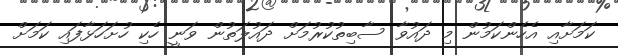
ކަމަށާއި އެހެންކަމުން މި ދައުވާ ސާބިތުކުރުމަށް ދައުލަތުން ވަނީ ހެކި ހުށަހަޅާފައި ކަމަށް